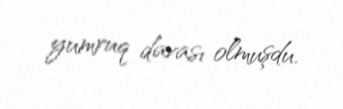
yumruq davası olmuşdu.